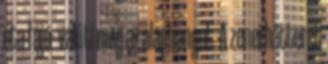
óta fájó- valüti meg az alaphangot. A zenei hátteret